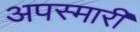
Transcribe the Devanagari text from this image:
अपस्मारी